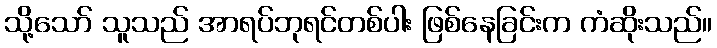
သို့သော် သူသည် အာရပ်ဘုရင်တစ်ပါး ဖြစ်နေခြင်းက ကံဆိုးသည်။